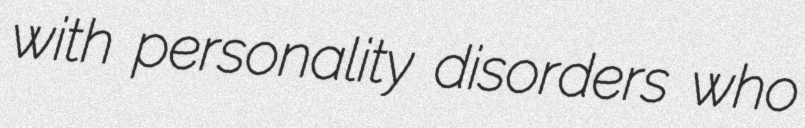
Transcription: with personality disorders who